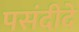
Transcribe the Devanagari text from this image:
पसंदीदे